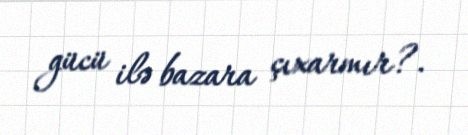
gücü ilə bazara çıxarmır?.